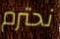
نحترم